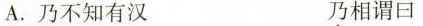
A.乃不知有汉 乃相谓曰